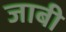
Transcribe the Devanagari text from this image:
जाबी